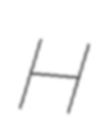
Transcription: H